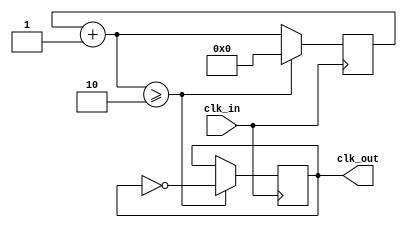
`timescale 1ns / 1ns
//////////////////////////////////////////////////////////////////////////////////
// Company: 
// Engineer: 
// 
// Design Name: 
// Module Name: clock_divider
// Project Name: 
// Target Devices: 
// Tool Versions: 
// Description: 
// The Basys 3 board has a 100MHz oscillator.  Get the scale factor by dividing 100MHz by the desired frequency
// 
// Dependencies: 
// 
// Revision:
// Revision 0.01 - File Created
// Additional Comments:
// 
//////////////////////////////////////////////////////////////////////////////////


module clock_divider(
    input clk_in,
    output reg clk_out
    );
    
    reg [7:0] BASYS3_CLK_FREQ = 100;
    reg [7:0] VGA_FREQ = 25;
    reg [7:0] scale_factor;
    reg [7:0] count;
    
    initial begin
        clk_out = 0;
        count = 0;
        scale_factor = (BASYS3_CLK_FREQ/VGA_FREQ)/2;  
    end

    always @(posedge clk_in) begin
        count = count + 1;
        if (count >= scale_factor) begin
            count = 0;
            clk_out = ~clk_out; 
        end
    end    
endmodule